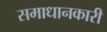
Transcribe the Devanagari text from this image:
समाधानकारी